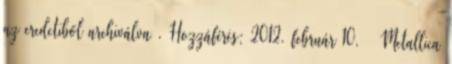
az eredetiből archiválva . Hozzáférés: 2012. február 10. ↑ Metallica